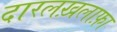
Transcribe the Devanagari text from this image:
दारलख़लाफ़ा